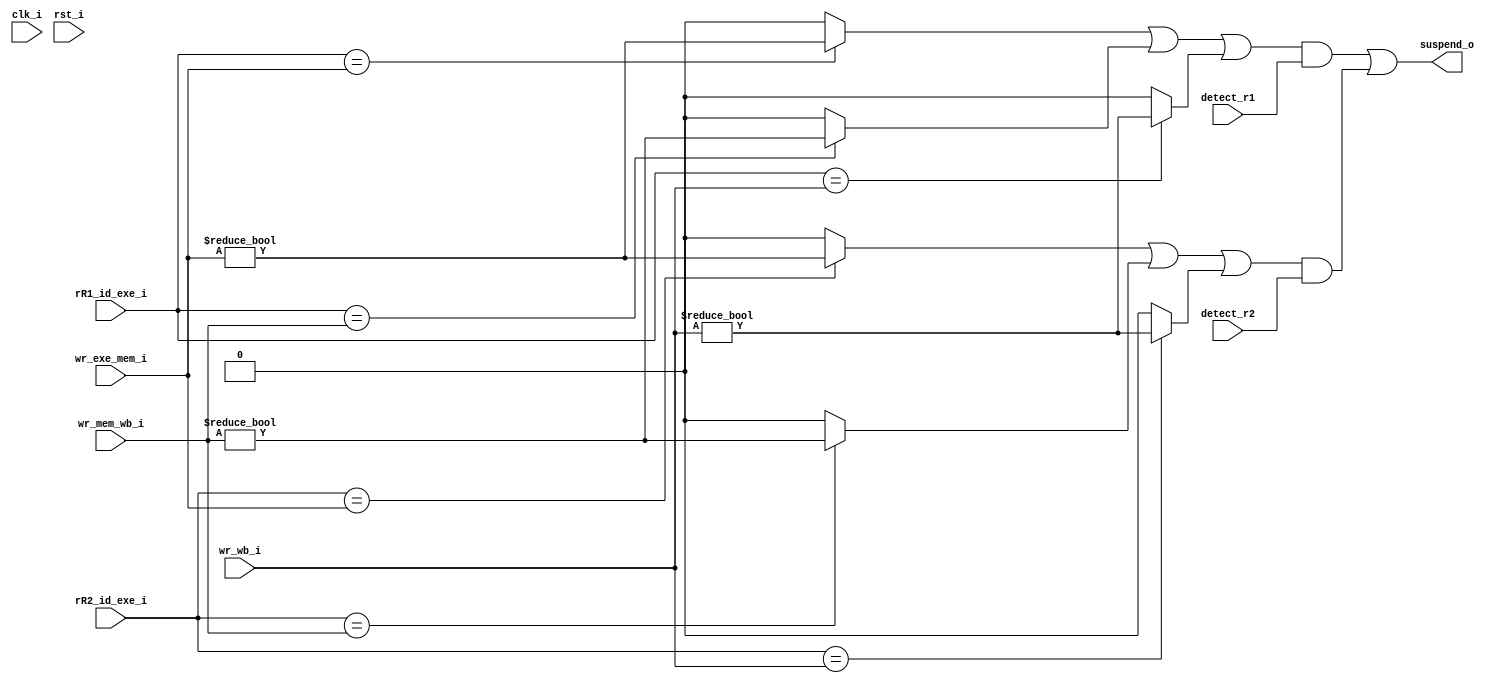
`timescale 1ns / 1ps
//////////////////////////////////////////////////////////////////////////////////
// Company: 
// Engineer: 
// 
// Design Name: 
// Module Name: suspend_o
// Project Name: 
// Target Devices: 
// Tool Versions: 
// Description: 
// 
// Dependencies: 
// 
// Revision:
// Revision 0.01 - File Created
// Additional Comments:
// 
//////////////////////////////////////////////////////////////////////////////////


module data_hazard_detect(
    input clk_i,
    input rst_i,
    // input re1_i,
    // input re2_i,
    input [4:0] rR1_id_exe_i,
    input [4:0] rR2_id_exe_i,
    input [4:0] wr_exe_mem_i,
    input [4:0] wr_mem_wb_i,
    input [4:0] wr_wb_i, 
    input detect_r1,
    input detect_r2,
    output      suspend_o
    );
    // reg [1:0] cnt;
    // always @(posedge clk_i or posedge rst_i) begin
    //     if(rst_i)
    //         suspend_o <= 1'b0;
    //     else begin
    //         // 
    //         if(rR1_id_exe_i == wr_exe_mem_i || rR2_id_exe_i == wr_exe_mem_i) 
    //             suspend_o <= 1'b1;
    //         // 1;-
    //         else if(rR1_id_exe_i == wr_mem_wb_i || rR2_id_exe_i == wr_mem_wb_i) 
    //             suspend_o <= 1'b1;
    //         else
    //             suspend_o <= 1'b0;
    //     end
    // end
    // always @(posedge clk_i or posedge rst_i) begin
    //     if(rst_i)
    //         cnt <= 2'h0;
    //     else
    //         if(cnt == 2'h0) begin
    //             if((rR1_id_exe_i == wr_exe_mem_i || rR2_id_exe_i == wr_exe_mem_i)&&wr_exe_mem_i!=5'h0)
    //                 cnt <= 2'h3;
    //             else if((rR1_id_exe_i == wr_mem_wb_i || rR2_id_exe_i == wr_mem_wb_i)&&wr_mem_wb_i!=5'h0) 
    //                 cnt <= 2'h2;
    //             else if((rR1_id_exe_i == wr_wb_i || rR2_id_exe_i == wr_wb_i)&&wr_wb_i!=5'h0)
    //                 cnt <= 2'h1;
    //             else
    //                 cnt <= cnt;
    //         end
    //         else
    //             cnt <= cnt - 1'h1;
    // end
    // assign suspend_o = (cnt==2'h0)?1'b0:1'b1;
    wire rR1_id_exe_hazard = (rR1_id_exe_i == wr_exe_mem_i)?(wr_exe_mem_i!=5'h0):1'b0;
    wire rR2_id_exe_hazard = (rR2_id_exe_i == wr_exe_mem_i)?(wr_exe_mem_i!=5'h0):1'b0;
    wire rR1_id_mem_hazard = (rR1_id_exe_i == wr_mem_wb_i)?(wr_mem_wb_i!=5'h0):1'b0;
    wire rR2_id_mem_hazard = (rR2_id_exe_i == wr_mem_wb_i)?(wr_mem_wb_i!=5'h0):1'b0;  
    wire rR1_id_wb_hazard = (rR1_id_exe_i == wr_wb_i)?(wr_wb_i!=5'h0):1'b0;
    wire rR2_id_wb_hazard = (rR2_id_exe_i == wr_wb_i)?(wr_wb_i!=5'h0):1'b0;
    assign suspend_o = ((rR1_id_exe_hazard | rR1_id_mem_hazard | rR1_id_wb_hazard) & detect_r1)
                      |((rR2_id_exe_hazard | rR2_id_mem_hazard | rR2_id_wb_hazard) & detect_r2);
    
endmodule